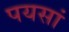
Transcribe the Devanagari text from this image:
पयसां